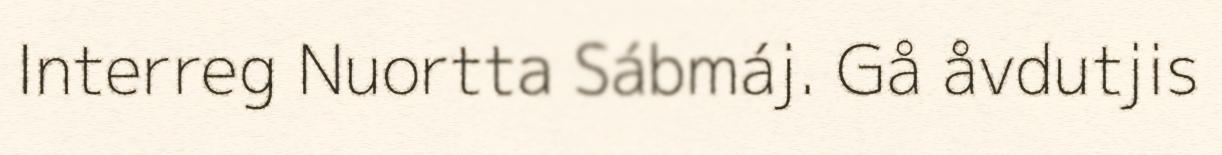
Interreg Nuortta Sábmáj. Gå åvdutjis